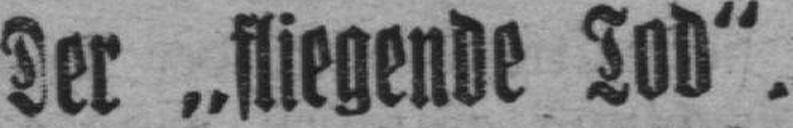
Der „fliegende Tod“.